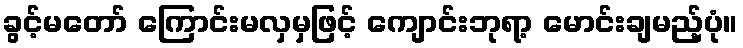
ခွင့်မတော် ကြောင်းမလှမှဖြင့် ကျောင်းဘုရာ့ မောင်းချမည့်ပုံ။